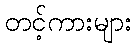
တင့်ကားများ